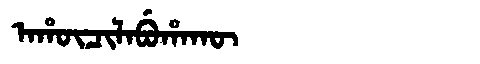
Manchu: ᠠᡥᡡᠴᡳᠯᠠᠪᡠᡥᠠᡴᡡ
Romanization: AHŪCILABUHAKŪ